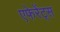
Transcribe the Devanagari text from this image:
एफेरेंट्स